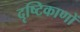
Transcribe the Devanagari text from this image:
दृष्टिकाणों